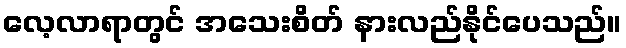
လေ့လာရာတွင် အသေးစိတ် နားလည်နိုင်ပေသည်။